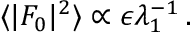
\begin{array} { r } { \langle \vert F _ { 0 } \vert ^ { 2 } \rangle \propto \epsilon \lambda _ { 1 } ^ { - 1 } \, . } \end{array}